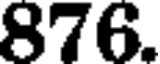
876.